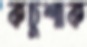
কচুশাক